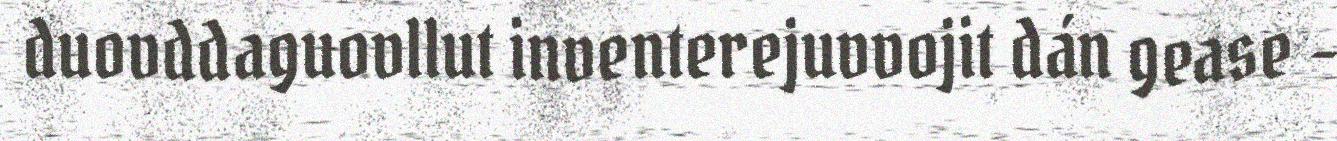
duovddaguovllut inventerejuvvojit dán gease -